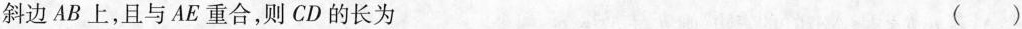
斜边AB上，且与AE重合，则CD的长为 ( )